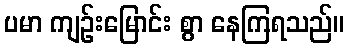
ပမာ ကျဉ်းမြောင်း စွာ နေကြရသည်။